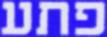
פתע